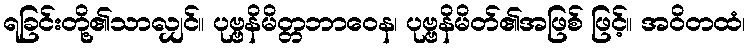
ရခြင်းတို့၏သာလျှင်။ ပုဗ္ဗနိမိတ္တဘာဝေန၊ ပုဗ္ဗနိမိတ်၏အဖြစ် ဖြင့်။ အဝိတထံ၊